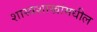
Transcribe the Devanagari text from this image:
शास्त्रशाखांमधील